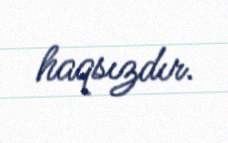
haqsızdır.